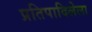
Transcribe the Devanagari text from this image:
प्रतिपादिलेला